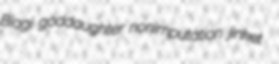
Biagi goddaughter nonimputation jinket